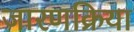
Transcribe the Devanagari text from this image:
जारणक्रिया